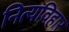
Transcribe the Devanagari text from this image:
नित्यविहार